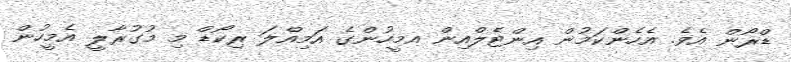
ޑްރޯން އެވެ. އެހެންކަމުން އިންޓެލްއިން އމީހުންގެ އަމިއްލަ ރިކޯޑް މި މުގުރާލީ އެމީހުން